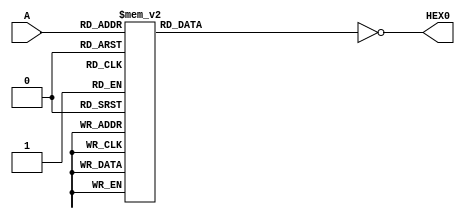
module BCD_7Seg(
	input [3:0] A,
	output [6:0] HEX0);

	reg [6:0] HEX0_N;
	
	always @(A) begin
		case (A)
			4'h0: HEX0_N=7'b0111111;
			4'h1: HEX0_N=7'b0000110;
			4'h2: HEX0_N=7'b1011011;
			4'h3: HEX0_N=7'b1001111;
			4'h4: HEX0_N=7'b1100110;
			4'h5: HEX0_N=7'b1101101;
			4'h6: HEX0_N=7'b1111101;
			4'h7: HEX0_N=7'b0000111;
			4'h8: HEX0_N=7'b1111111;
			4'h9: HEX0_N=7'b1101111;
			4'ha: HEX0_N=7'b1110111;
			4'hb: HEX0_N=7'b1111100;
			4'hc: HEX0_N=7'b0111001;
			4'hd: HEX0_N=7'b1011110;
			4'he: HEX0_N=7'b1111001;
			4'hf: HEX0_N=7'b1110001;
			default: HEX0_N=7'd0;
		endcase
	end

	assign HEX0 = ~HEX0_N;


endmodule